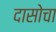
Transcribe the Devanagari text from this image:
दासोचा